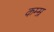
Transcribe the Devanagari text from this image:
कम्म्र